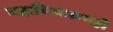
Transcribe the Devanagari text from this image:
महाविद्यालयही